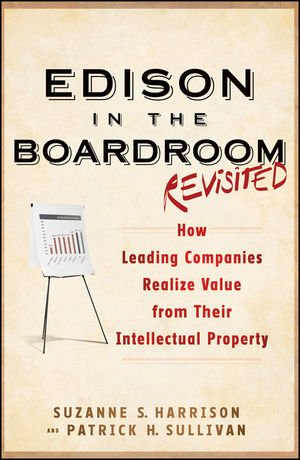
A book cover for Edison in the Boardroom Revisited: How Leading Companies Realize Value from Their Intellectual Property; Suzanne S. Harrison; Business & Money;